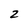
Character: 2